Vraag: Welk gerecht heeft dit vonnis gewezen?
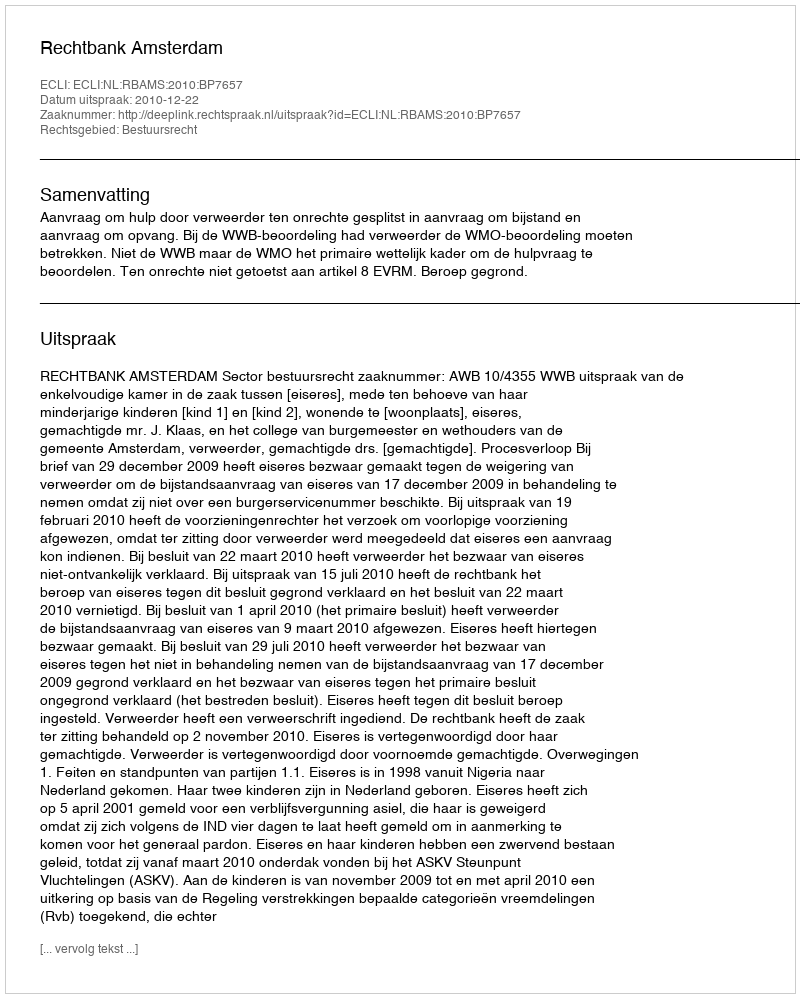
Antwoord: Rechtbank Amsterdam